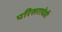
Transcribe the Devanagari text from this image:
परिसराचेही